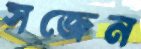
সজেন